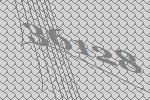
36128